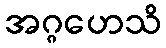
အဂ္ဂဟေသိ